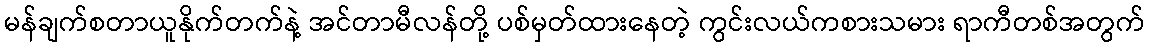
မန်ချက်စတာယူနိုက်တက်နဲ့ အင်တာမီလန်တို့ ပစ်မှတ်ထားနေတဲ့ ကွင်းလယ်ကစားသမား ရာကီတစ်အတွက်